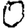
Digit: 0